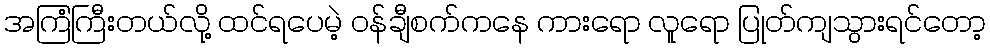
အကြံကြီးတယ်လို့ ထင်ရပေမဲ့ ၀န်ချီစက်ကနေ ကားရော လူရော ပြုတ်ကျသွားရင်တော့